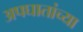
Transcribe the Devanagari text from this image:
अपघातांच्या